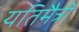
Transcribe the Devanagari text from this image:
यतिमैत्री